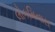
લોકમિનારા